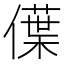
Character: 僷